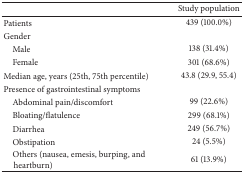
|  | Study population |
 | --- | --- |
 | Patients | 439 (100.0%) |
 | Gender |  |
 | Male | 138 (31.4%) |
 | Female | 301 (68.6%) |
 | Median age, years (25th, 75th percentile) | 43.8 (29.9, 55.4) |
 | Presence of gastrointestinal symptoms |  |
 | Abdominal pain/discomfort | 99 (22.6%) |
 | Bloating/flatulence | 299 (68.1%) |
 | Diarrhea | 249 (56.7%) |
 | Obstipation | 24 (5.5%) |
 | Others (nausea, emesis, burping, and heartburn) | 61 (13.9%) |